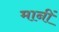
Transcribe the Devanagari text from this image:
मानीं